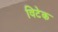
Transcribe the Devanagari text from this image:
विटेक